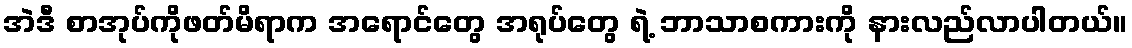
အဲဒီ စာအုပ်ကိုဖတ်မိရာက အရောင်တွေ အရုပ်တွေ ရဲ့ ဘာသာစကားကို နားလည်လာပါတယ်။